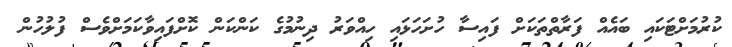
ކުރުމަށްޓަކައި ބައެއް ފަރާތްތަކަށް ފައިސާ ހުށަހަޅައި ހިއްވަރު ދިނުމުގެ ކަންކަން ކޮށްފައިވާކަމަށްވެސް ފުލުހުން